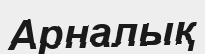
Арналық